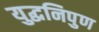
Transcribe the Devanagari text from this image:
युद्धनिपुण